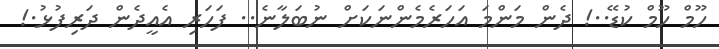
ހޫމް ހޫމް ކުޑޭ..! ދެން މަންމަ އަހަރެމެންނަކަށް ނުބަލާނެ.. ފަހަރި އެއީދެން ދަރިފުޅު.!